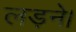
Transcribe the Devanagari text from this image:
लड़ने।